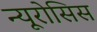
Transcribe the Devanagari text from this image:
न्यूरोसिस